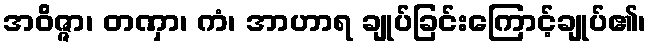
အဝိဇ္ဇာ၊ တဏှာ၊ ကံ၊ အာဟာရ ချုပ်ခြင်းကြောင့်ချုပ်၏၊